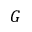
G